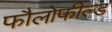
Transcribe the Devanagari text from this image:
फौलोफील्ड